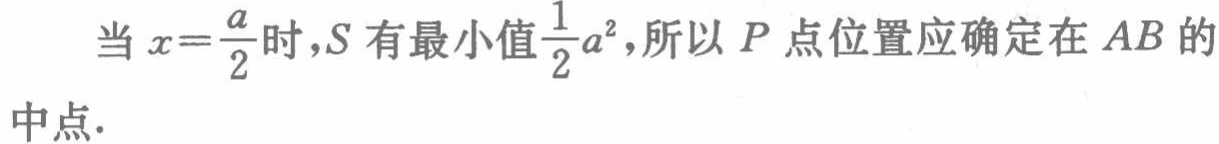
当 \(x = \frac{a}{2}\) 时，\(S\) 有最小值 \(\frac{1}{2}a^{2}\)，所以 \(P\) 点位置应确定在 \(AB\) 的中点.